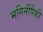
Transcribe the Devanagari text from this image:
भगिनींपैकी